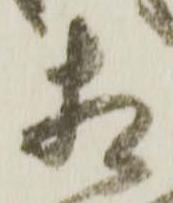
相